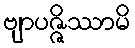
ဗျာပဇ္ဇိဿာမိ